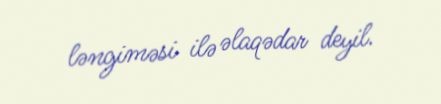
ləngiməsi ilə əlaqədar deyil.